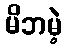
မိဘမဲ့